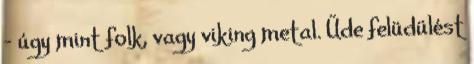
– úgy mint folk, vagy viking metal. Üde felüdülést